Civil Veterinary Dept. Bombay admin report 1907-1913 - 1907-1913
Year: 1907
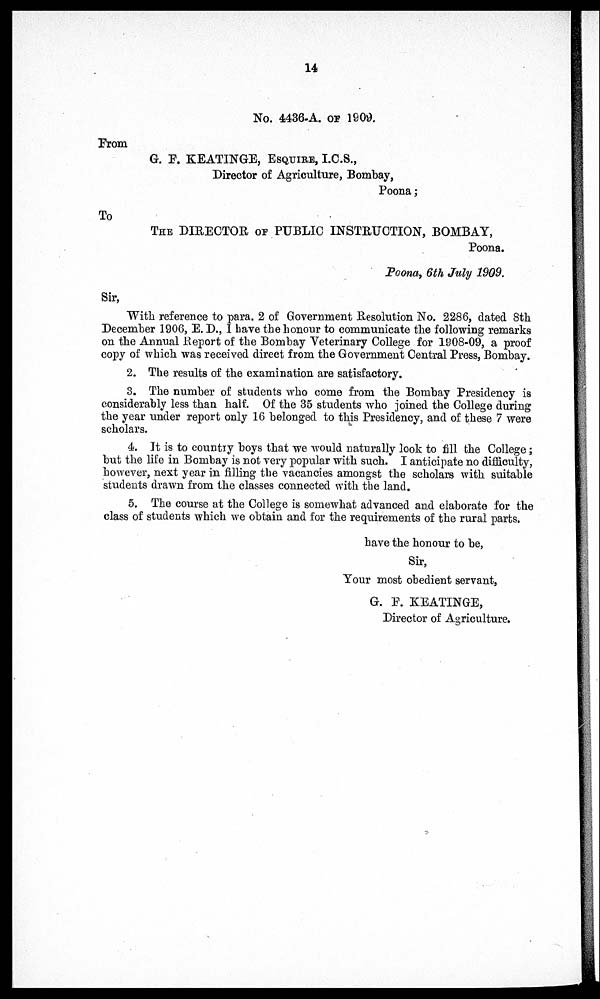
14
No. 4436-A. OF 1909.
From
G. P. KEATINGE, ESQUIRE, I.C.S.,
Director of Agriculture, Bombay,
Poona;
To
THE DIRECTOR OF PUBLIC INSTRUCTION, BOMBAY,
Poona.
Poona, 6th July 1909.
Sir,
With reference to para. 2 of Government Resolution No. 2286, dated 8th December 1906, E. D., I have the honour to com
2. The results of the examination are satisfactory.
3. The number of students who come from the Bombay Presidency is considerably less than half. Of the 35 students wh
4. It is to country boys that we would naturally look to fill the College; but the life in Bombay is not very popular with s
5. The course at the College is somewhat advanced and elaborate for the class of students which we obtain and for the re
have the honour to be, Sir, Your most obedient servant,
G. P. KEATINGE,
Director of Agriculture.